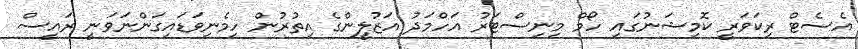
އެސެޓް ރިކަވަރީ ކޮމިޝަނުގައި ހޯމް މިނިސްޓަރު އަހްމަދު އަޒުލީންގެ އިތުރުން ހިމެނިވަޑައިގަންނަވަނީ ރައީސް